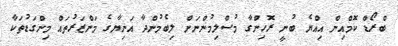
ބްރޯޑް ކޮމްއިން އިއްޔެ ބުނީ ރޮހިންގާ މުސްލިމުންނަށް ލިބެމުންދާ އަނިޔާގެ މަންޒަރުތައް މިންގަޑުތަކާ